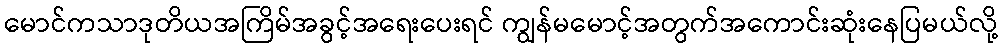
မောင်ကသာဒုတိယအကြိမ်အခွင့်အရေးပေးရင် ကျွန်မမောင့်အတွက်အကောင်းဆုံးနေပြမယ်လို့